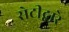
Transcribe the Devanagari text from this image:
सेटीद्वारे